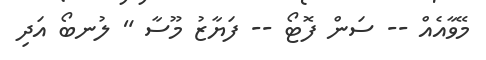
މޭވާއެއް -- ސަން ފޮޓޯ -- ފަޔާޒު މޫސާ " ލުނބޯ އަދި